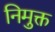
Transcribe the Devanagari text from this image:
निमुक्त